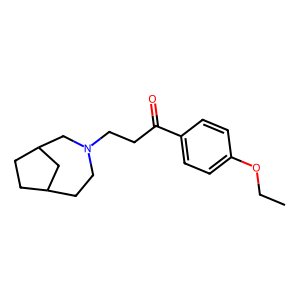
SMILES: CCOc1ccc(C(=O)CCN2CCC3CCC(C3)C2)cc1
Inhibits HIV replication: No